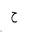
Letter: _ha